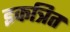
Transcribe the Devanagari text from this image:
इकत्रित